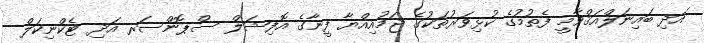
އަދި ބައިނަލްއަޤްވާމީ ފެތުމުގެ ކުޅިވަރުތަކުގެ ޖަމުއިއްޔާ ފީނާގެ އޮފިޝަލް ސްޕޮންސަރ އަދި ޓެކްނިކަލް